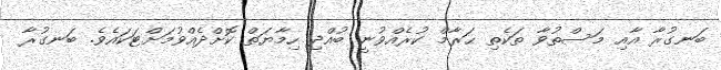
ބަނގުރާ އާއި މަސްތުވާ ތަކެތި ޙަރާމް ކުރެއްވުނީ ބުއްދި ހިމާޔަތް ކޮށްދެއްވުމަށްޓަކައެވެ. ބަނގުރާ